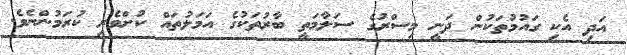
އަދި އެކި ގައުމުތަކުން ދަނީ މިސްރުގެ ސަލާމަތީ ބާރުތަކުގެ އަމަލުތައް ކުށްވެރި ކުރަމުންނެވެ.